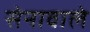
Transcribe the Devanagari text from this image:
सेनावाले